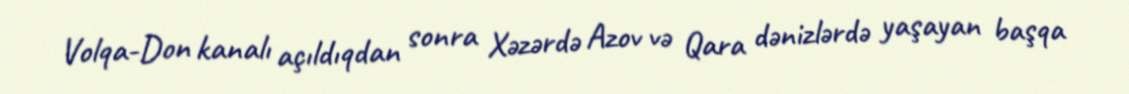
Volqa-Don kanalı açıldıqdan sonra Xəzərdə Azov və Qara dənizlərdə yaşayan başqa